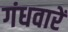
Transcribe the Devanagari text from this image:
गंधवारें